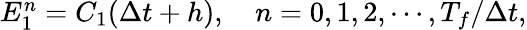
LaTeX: \begin{array}{r}{{E}_{1}^{n}=C_{1}(\Delta t+h),\quad n=0,1,2,\cdots,T_{f}/\Delta t,}\end{array}